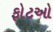
ફોટઓ